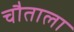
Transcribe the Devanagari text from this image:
चौताला